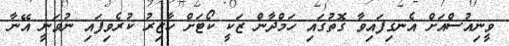
ވީނިއުސްއަށް އެނގިފައިވާ ގޮތުގައި ހަމްދާން ޒަކީ ކޯޓަށް ހާޒިރު ކުރެވިފައި ނުވަނީ އޭނާ